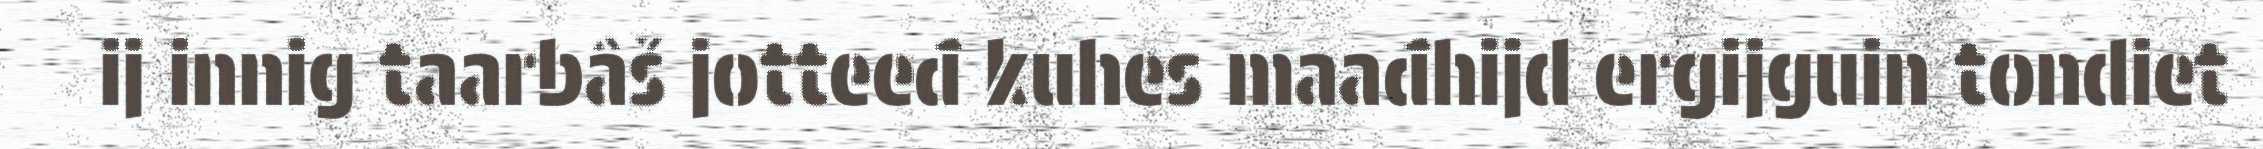
ij innig taarbâš jotteeđ kuhes maađhijd ergijguin tondiet